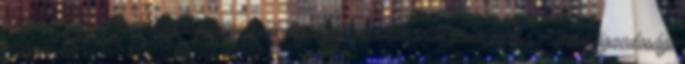
megjelent, a „Nem mezőgazdasági tevékenységek elindításának támogatása – Mezőgazdasági